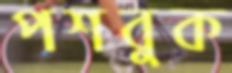
পশবুক